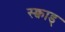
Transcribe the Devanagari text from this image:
स्क्वाड्